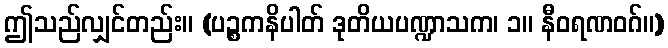
ဤသည်လျှင်တည်း။ (ပဉ္စကနိပါတ် ဒုတိယပဏ္ဍာသက၊ ၁။ နီဝရဏဝဂ်။)